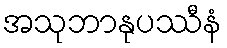
အသုဘာနုပဿီနံ